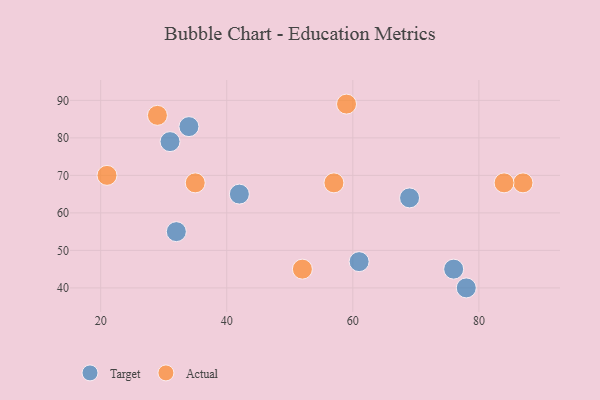
{"axis": {"x": "GDP", "y": "Life Expectancy"}, "legend": ["Actual", "Target"], "data": [{"x": "42", "y": 65, "type": "Target"}, {"x": "69", "y": 64, "type": "Target"}, {"x": "61", "y": 47, "type": "Target"}, {"x": "31", "y": 79, "type": "Target"}, {"x": "76", "y": 45, "type": "Target"}, {"x": "32", "y": 55, "type": "Target"}, {"x": "34", "y": 83, "type": "Target"}, {"x": "78", "y": 40, "type": "Target"}, {"x": "57", "y": 68, "type": "Actual"}, {"x": "21", "y": 70, "type": "Actual"}, {"x": "87", "y": 68, "type": "Actual"}, {"x": "52", "y": 45, "type": "Actual"}, {"x": "35", "y": 68, "type": "Actual"}, {"x": "84", "y": 68, "type": "Actual"}, {"x": "59", "y": 89, "type": "Actual"}, {"x": "29", "y": 86, "type": "Actual"}]}